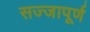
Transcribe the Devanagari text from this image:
सज्जापूर्ण